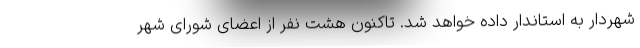
شهردار به استاندار داده خواهد شد. تاکنون هشت نفر از اعضای شورای شهر